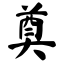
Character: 奠